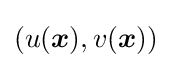
(u({\boldsymbol {x}}),v({\boldsymbol {x}}))